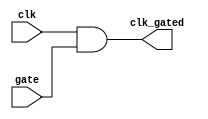
module clock_gating_cell (
    input  wire clk,    // Primary clock signal
    input  wire gate,   // Gating signal
    output wire clk_gated // Gated clock signal
);

    // Gating logic for the clock
    assign clk_gated = clk & gate;

endmodule